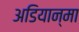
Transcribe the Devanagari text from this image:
अडियान्मा